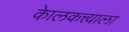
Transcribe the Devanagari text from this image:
केालकत्त्याला